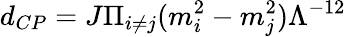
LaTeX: d_{CP}=J\Pi_{i\neq j}(m_{i}^{2}-m_{j}^{2})\Lambda^{-12}